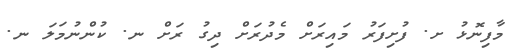
މާފިނޮޅު ށ. ފުށިފަރު މައިރަށް މެދުރަށް ދިގު ރަށް ނ. ކުންނުމަލަ ނ.